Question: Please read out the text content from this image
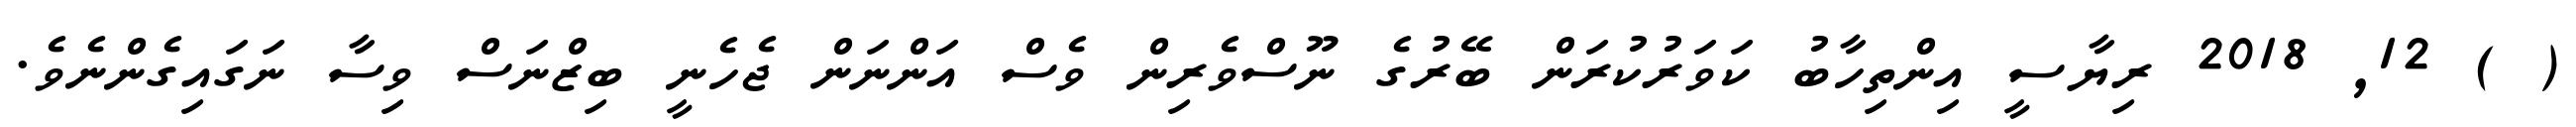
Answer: ( ) 12, 2018 ރިޔާސީ އިންތިހާބު ކަވަރުކުރަން ބޭރުގެ ނޫސްވެރިން ވެސް އަންނަން ޖެހެނީ ބިޒްނަސް ވިސާ ނަގައިގެންނެވެ.